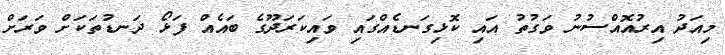
މިއަދު އިރުއޮއްސުނު ވަގުތު އައި ކޮޅިގަނޑެއްގައި ވައިކަރަދޫގެ ބައެއް ފަޅޯ ދަނޑުތަކަށް ވަރަށް